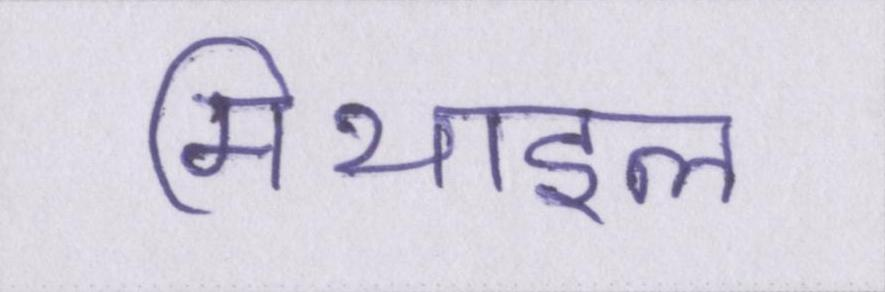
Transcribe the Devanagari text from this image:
मिथाइल